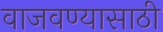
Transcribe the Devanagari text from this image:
वाजवण्यासाठी